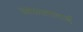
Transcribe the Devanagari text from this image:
श्यामलाताई